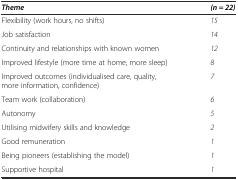
| Theme | (n = 22) |
 | --- | --- |
 | Flexibility (work hours, no shifts) | 15 |
 | Job satisfaction | 14 |
 | Continuity and relationships with known women | 12 |
 | Improved lifestyle (more time at home, more sleep) | 8 |
 | Improved outcomes (individualised care, quality, more information, confidence) | 7 |
 | Team work (collaboration) | 6 |
 | Autonomy | 5 |
 | Utilising midwifery skills and knowledge | 2 |
 | Good remuneration | 1 |
 | Being pioneers (establishing the model) | 1 |
 | Supportive hospital | 1 |